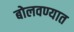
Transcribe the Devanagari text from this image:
बोलवण्यात